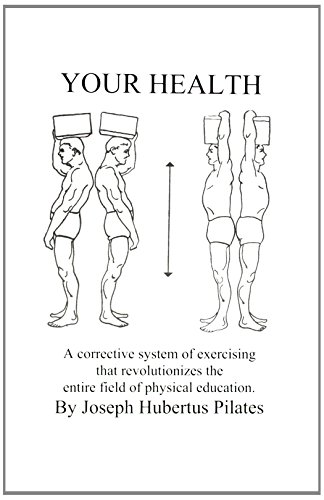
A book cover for Your Health: A Corrective System of Exercising that Revolutionizes the Entire Field of Physical Education; Joseph H. Pilates; Medical Books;